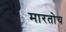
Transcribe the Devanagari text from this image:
मारतोय